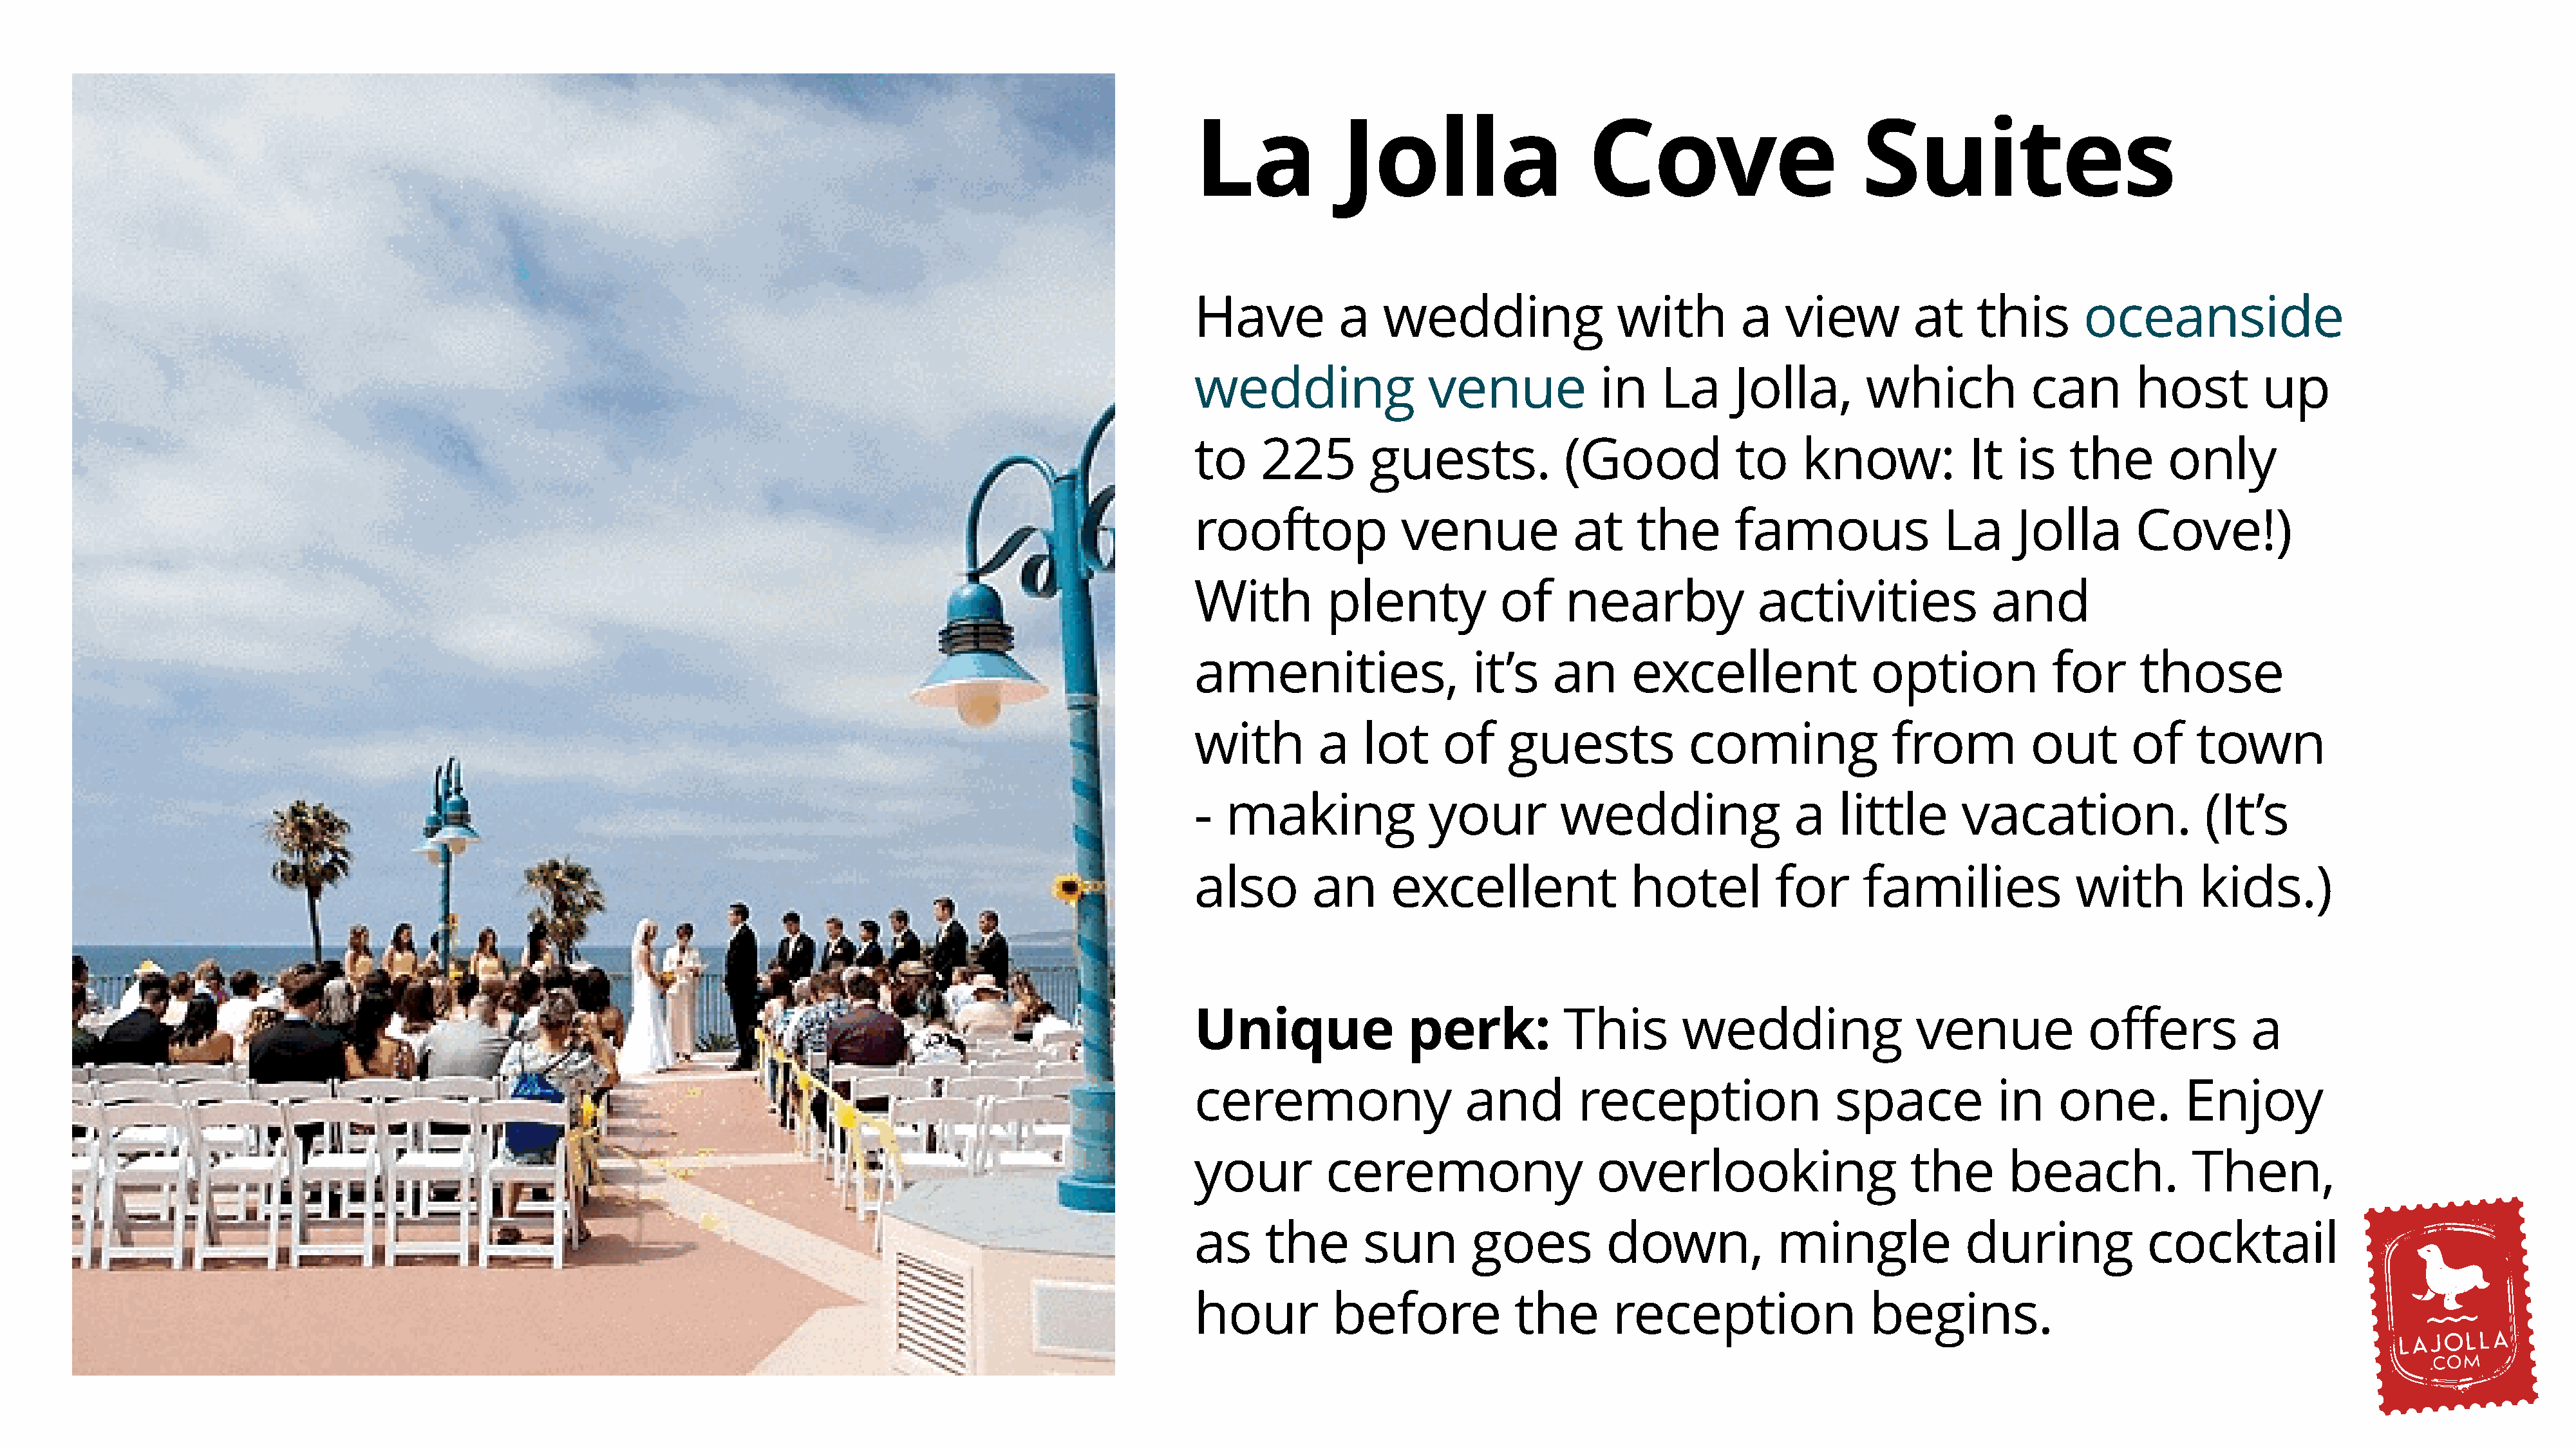
La             Jolla                    Cove                        Suites
 Have           a   wedding                 with         a    view         at    this       oceanside
 wedding                 venue            in     La     Jolla,        which            can       host          up
 to     225        guests.             (Good            to     know:            It   is    the       only
 rooftop              venue             at    the       famous                La     Jolla        Cove!)
 With         plenty            of     nearby              activities              and
 amenities,                  it’s     an      excellent               option             for      those
 with        a    lot     of     guests             coming              from           out       of     town
 -  making               your         wedding                 a    little       vacation.                (It’s
 also        an      excellent                hotel         for      families              with         kids.)
 Unique                perk:           This        wedding                 venue             offers          a
 ceremony                    and        reception                  space           in     one.         Enjoy
 your         ceremony                    overlooking                     the       beach.             Then,
 as     the       sun        goes          down,             mingle             during             cocktail
 hour          before             the       reception                 begins.